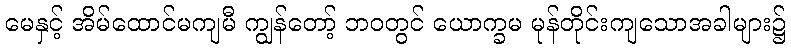
မေနှင့် အိမ်ထောင်မကျမီ ကျွန်တော့် ဘဝတွင် ယောက္ခမ မုန်တိုင်းကျသောအခါများ၌